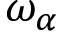
\omega _ { \alpha }